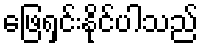
ဖြေရှင်းနိုင်ပါသည်